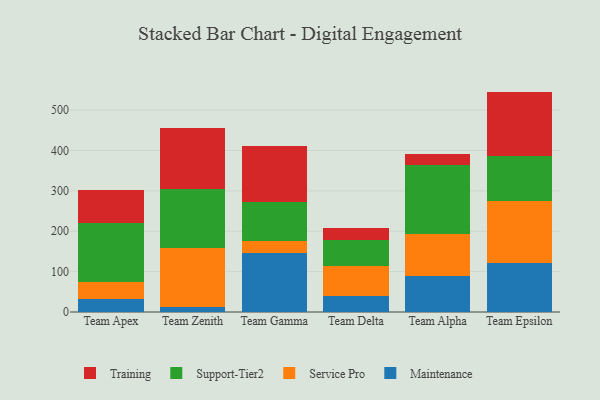
{"axis": {"x": "Team", "y": "Active Users"}, "legend": ["Maintenance", "Service Pro", "Support-Tier2", "Training"], "data": [{"x": "Team Apex", "y": 31.6, "type": "Maintenance"}, {"x": "Team Apex", "y": 41.8, "type": "Service Pro"}, {"x": "Team Apex", "y": 147.5, "type": "Support-Tier2"}, {"x": "Team Apex", "y": 81.5, "type": "Training"}, {"x": "Team Zenith", "y": 12.6, "type": "Maintenance"}, {"x": "Team Zenith", "y": 144.7, "type": "Service Pro"}, {"x": "Team Zenith", "y": 146.3, "type": "Support-Tier2"}, {"x": "Team Zenith", "y": 152.4, "type": "Training"}, {"x": "Team Gamma", "y": 144.9, "type": "Maintenance"}, {"x": "Team Gamma", "y": 29.9, "type": "Service Pro"}, {"x": "Team Gamma", "y": 97.2, "type": "Support-Tier2"}, {"x": "Team Gamma", "y": 137.9, "type": "Training"}, {"x": "Team Delta", "y": 40.4, "type": "Maintenance"}, {"x": "Team Delta", "y": 73.8, "type": "Service Pro"}, {"x": "Team Delta", "y": 63.3, "type": "Support-Tier2"}, {"x": "Team Delta", "y": 31.6, "type": "Training"}, {"x": "Team Alpha", "y": 89.5, "type": "Maintenance"}, {"x": "Team Alpha", "y": 104.2, "type": "Service Pro"}, {"x": "Team Alpha", "y": 171.4, "type": "Support-Tier2"}, {"x": "Team Alpha", "y": 26.0, "type": "Training"}, {"x": "Team Epsilon", "y": 121.9, "type": "Maintenance"}, {"x": "Team Epsilon", "y": 152.5, "type": "Service Pro"}, {"x": "Team Epsilon", "y": 111.6, "type": "Support-Tier2"}, {"x": "Team Epsilon", "y": 159.8, "type": "Training"}]}